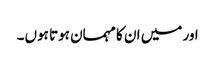
اور میں ان کا مہمان ہوتا ہوں۔